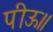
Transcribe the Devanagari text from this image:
पीऊ॥